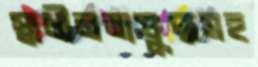
স্বাধীনতাযুদ্ধসহ